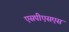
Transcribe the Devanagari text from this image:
एसपीएसएस